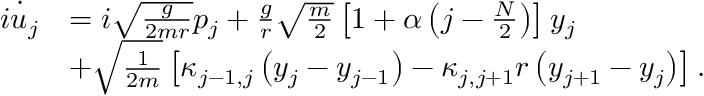
\begin{array} { r l } { \dot { i u _ { j } } } & { = i \sqrt { \frac { g } { 2 m r } } p _ { j } + \frac { g } { r } \sqrt { \frac { m } { 2 } } \left[ 1 + \alpha \left( j - \frac { N } { 2 } \right) \right] y _ { j } } \\ & { + \sqrt { \frac { 1 } { 2 m } } \left[ \kappa _ { j - 1 , j } \left( y _ { j } - y _ { j - 1 } \right) - \kappa _ { j , j + 1 } r \left( y _ { j + 1 } - y _ { j } \right) \right] . } \end{array}